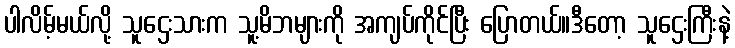
ပါလိမ့်မယ်လို့ သူဌေးသားက သူ့မိဘများကို အကျပ်ကိုင်ပြီး ပြောတယ်။ဒီတော့ သူဌေးကြီးနဲ့